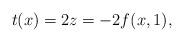
LaTeX: \begin{align*}t(x) = 2z = -2f(x,1),\end{align*}